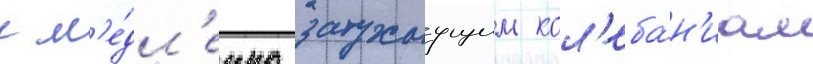
к м'е́дл'енно затухаущим кол'еба́н'иам